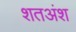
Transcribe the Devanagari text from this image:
शतअंश